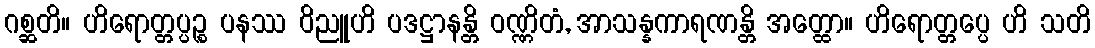
ဂစ္ဆတိ။ ဟိရောတ္တပ္ပဉ္စ ပနဿ ဝိညူဟိ ပဒဋ္ဌာနန္တိ ဝဏ္ဏိတံ, အာသန္နကာရဏန္တိ အတ္ထော။ ဟိရောတ္တပ္ပေ ဟိ သတိ